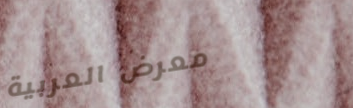
معرض العربية